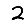
Digit: 2